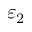
\varepsilon _ { 2 }